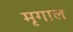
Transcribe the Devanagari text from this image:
मृगाल